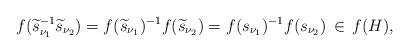
LaTeX: \begin{align*}f(\widetilde{s}_{\nu_1}^{-1} \widetilde{s}_{\nu_2}) = f(\widetilde{s}_{\nu_1})^{-1} f(\widetilde{s}_{\nu_2}) = f(s_{\nu_1})^{-1} f(s_{\nu_2}) \,\in\, f(H),\end{align*}